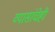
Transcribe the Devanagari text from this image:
व्यासांचेही